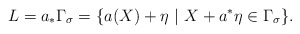
\begin{align*}L = a_{*}\Gamma_{\sigma} = \{a(X) + \eta\ |\ X + a^{*}\eta\in \Gamma_{\sigma}\}.\end{align*}